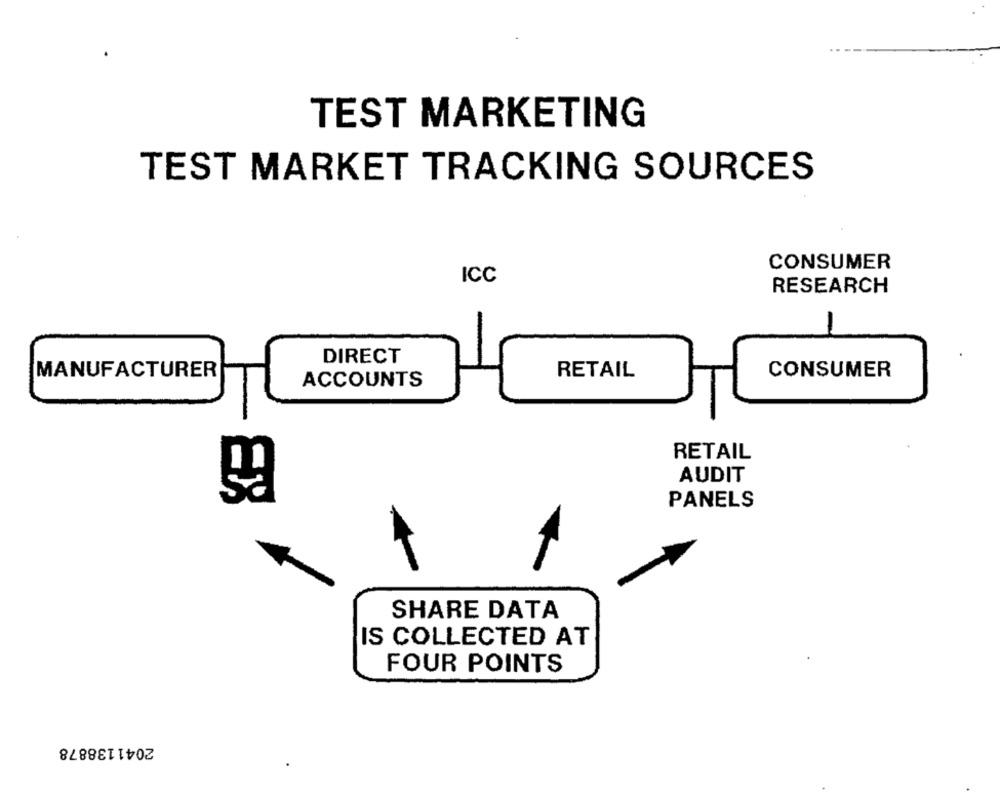
TEST MARKETING
TEST MARKET TRACKING SOURCES
CONSUMER
ICC
RESEARCH
-
DIRECT
MANUFACTURER
RETAIL
CONSUMER
ACCOUNTS
RETAIL
AUDIT
PANELS
SHARE DATA
IS COLLECTED AT
FOUR POINTS
2041138878